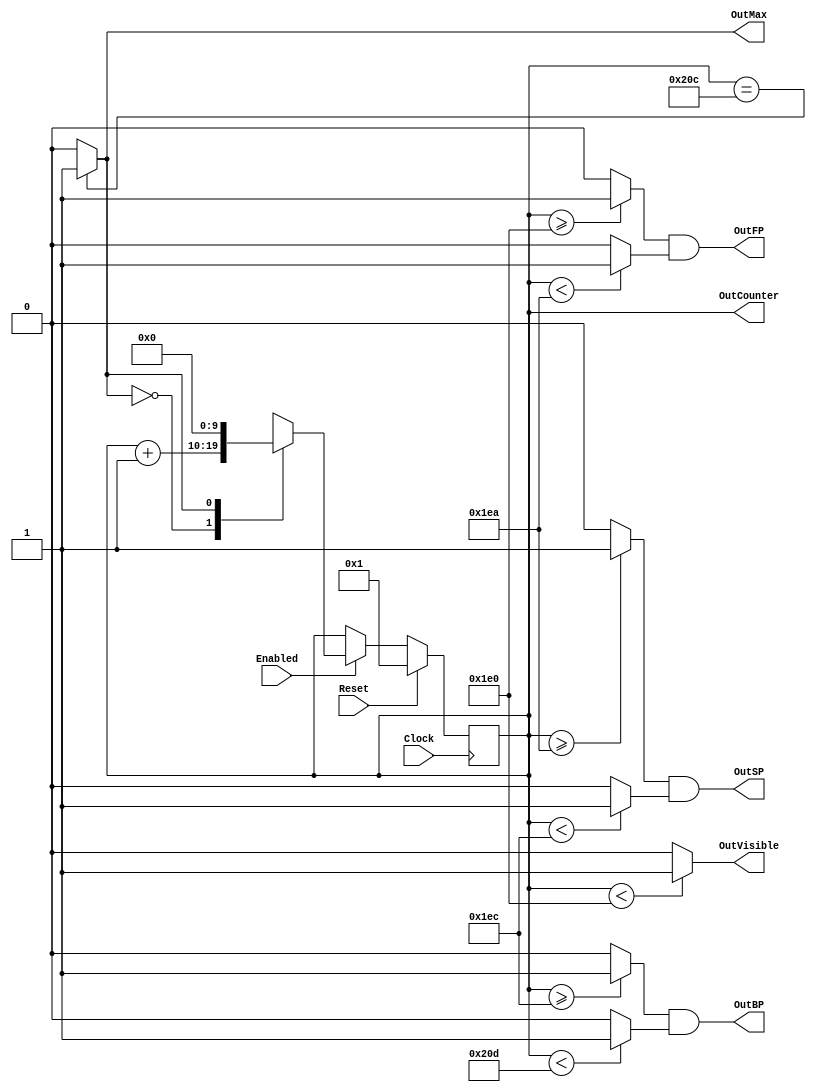
`timescale 1ns/1ps
`default_nettype none
// PLEASE READ THIS, IT MAY SAVE YOU SOME TIME AND MONEY, THANK YOU!
// * This file was generated by Quokka FPGA Toolkit.
// * Generated code is your property, do whatever you want with it
// * Place custom code between [BEGIN USER ***] and [END USER ***].
// * CAUTION: All code outside of [USER] scope is subject to regeneration.
// * Bad things happen sometimes in developer's life,
//   it is recommended to use source control management software (e.g. git, bzr etc) to keep your custom code safe'n'sound.
// * Internal structure of code is subject to change.
//   You can use some of signals in custom code, but most likely they will not exist in future (e.g. will get shorter or gone completely)
// * Please send your feedback, comments, improvement ideas etc. to evmuryshkin@gmail.com
// * Visit https://github.com/EvgenyMuryshkin/QuokkaEvaluation to access latest version of playground
// 
// DISCLAIMER:
//   Code comes AS-IS, it is your responsibility to make sure it is working as expected
//   no responsibility will be taken for any loss or damage caused by use of Quokka toolkit.
// 
// System configuration name is VGASyncModule_TopLevel, clock frequency is 1Hz, Top-level
// FSM summary
// -- Packages
module VGASyncModule_TopLevel (
// [BEGIN USER PORTS]
// [END USER PORTS]

	input wire  Clock,
	input wire  Reset,
	input wire  Enabled,
	output wire OutVisible,
	output wire OutFP,
	output wire OutSP,
	output wire OutBP,
	output wire OutMax,
	output wire [9: 0] OutCounter
    );

// [BEGIN USER SIGNALS]
// [END USER SIGNALS]
localparam HiSignal = 1'b1;
localparam LoSignal = 1'b0;
wire  Zero = 1'b0;
wire  One = 1'b1;
wire  true = 1'b1;
wire  false = 1'b0;
wire  [8:0] visible = 9'b111100000;
wire  [8:0] fp = 9'b111101010;
wire  [8:0] sp = 9'b111101100;
wire  [9:0] bp = 10'b1000001101;
wire  [9:0] max = 10'b1000001100;
wire  [3:0] capacity = 4'b1010;
wire  VGASyncModule_L55F92T93_Expr = 1'b0;
wire  VGASyncModule_L55F113T114_Expr = 1'b1;
wire  Inputs_Enabled;
reg  [9:0] NextState_counter;
wire  internalIsMax;
wire  [9:0] internalNextCounter;
wire  [9:0] VGASyncModule_L55F44T115_Source;
wire  VGASyncModule_L55F76T94_Source;
wire  [9:0] VGASyncModule_L55F44T133_Resize;
wire  [9:0] VGASyncModule_L55F44T144_SignChange;
reg  [9:0] State_counter = 10'b0000000000;
wire  [9:0] State_counterDefault = 10'b0000000001;
wire  VGASyncModule_L58F30T76_Expr;
wire  VGASyncModule_L58F30T76_Expr_1;
wire  VGASyncModule_L58F30T76_Expr_2;
wire  VGASyncModule_L59F30T71_Expr;
wire  VGASyncModule_L59F30T71_Expr_1;
wire  VGASyncModule_L59F30T71_Expr_2;
wire  VGASyncModule_L60F30T71_Expr;
wire  VGASyncModule_L60F30T71_Expr_1;
wire  VGASyncModule_L60F30T71_Expr_2;
wire  [11:0] VGASyncModule_L55F97T114_Expr;
wire signed  [11:0] VGASyncModule_L55F97T114_Expr_1;
wire signed  [11:0] VGASyncModule_L55F97T114_Expr_2;
wire  VGASyncModule_L54F31T51_Expr;
wire signed  [10:0] VGASyncModule_L54F31T51_ExprLhs;
wire signed  [10:0] VGASyncModule_L54F31T51_ExprRhs;
wire  VGASyncModule_L57F35T58_Expr;
wire signed  [10:0] VGASyncModule_L57F35T58_ExprLhs;
wire signed  [10:0] VGASyncModule_L57F35T58_ExprRhs;
wire  VGASyncModule_L58F30T54_Expr;
wire signed  [10:0] VGASyncModule_L58F30T54_ExprLhs;
wire signed  [10:0] VGASyncModule_L58F30T54_ExprRhs;
wire  VGASyncModule_L58F58T76_Expr;
wire signed  [10:0] VGASyncModule_L58F58T76_ExprLhs;
wire signed  [10:0] VGASyncModule_L58F58T76_ExprRhs;
wire  VGASyncModule_L59F30T49_Expr;
wire signed  [10:0] VGASyncModule_L59F30T49_ExprLhs;
wire signed  [10:0] VGASyncModule_L59F30T49_ExprRhs;
wire  VGASyncModule_L59F53T71_Expr;
wire signed  [10:0] VGASyncModule_L59F53T71_ExprLhs;
wire signed  [10:0] VGASyncModule_L59F53T71_ExprRhs;
wire  VGASyncModule_L60F30T49_Expr;
wire signed  [10:0] VGASyncModule_L60F30T49_ExprLhs;
wire signed  [10:0] VGASyncModule_L60F30T49_ExprRhs;
wire  VGASyncModule_L60F53T71_Expr;
wire signed  [10:0] VGASyncModule_L60F53T71_ExprLhs;
wire signed  [10:0] VGASyncModule_L60F53T71_ExprRhs;
reg  [9:0] VGASyncModule_L55F60T114_Lookup;
wire  VGASyncModule_L55F60T114_LookupMultiplexerAddress;
wire  [9:0] VGASyncModule_L55F60T114_Lookup1;
wire  [9:0] VGASyncModule_L55F60T114_Lookup2;
always @(posedge Clock)
begin
if ( Reset == 1 ) begin
State_counter <= State_counterDefault;
end
else begin
State_counter <= NextState_counter;
end
end
assign VGASyncModule_L54F31T51_Expr = VGASyncModule_L54F31T51_ExprLhs == VGASyncModule_L54F31T51_ExprRhs ? 1'b1 : 1'b0;
assign VGASyncModule_L57F35T58_Expr = VGASyncModule_L57F35T58_ExprLhs < VGASyncModule_L57F35T58_ExprRhs ? 1'b1 : 1'b0;
assign VGASyncModule_L58F30T54_Expr = VGASyncModule_L58F30T54_ExprLhs >= VGASyncModule_L58F30T54_ExprRhs ? 1'b1 : 1'b0;
assign VGASyncModule_L58F58T76_Expr = VGASyncModule_L58F58T76_ExprLhs < VGASyncModule_L58F58T76_ExprRhs ? 1'b1 : 1'b0;
assign VGASyncModule_L59F30T49_Expr = VGASyncModule_L59F30T49_ExprLhs >= VGASyncModule_L59F30T49_ExprRhs ? 1'b1 : 1'b0;
assign VGASyncModule_L59F53T71_Expr = VGASyncModule_L59F53T71_ExprLhs < VGASyncModule_L59F53T71_ExprRhs ? 1'b1 : 1'b0;
assign VGASyncModule_L60F30T49_Expr = VGASyncModule_L60F30T49_ExprLhs >= VGASyncModule_L60F30T49_ExprRhs ? 1'b1 : 1'b0;
assign VGASyncModule_L60F53T71_Expr = VGASyncModule_L60F53T71_ExprLhs < VGASyncModule_L60F53T71_ExprRhs ? 1'b1 : 1'b0;
assign VGASyncModule_L58F30T76_Expr = VGASyncModule_L58F30T76_Expr_1 & VGASyncModule_L58F30T76_Expr_2;
assign VGASyncModule_L59F30T71_Expr = VGASyncModule_L59F30T71_Expr_1 & VGASyncModule_L59F30T71_Expr_2;
assign VGASyncModule_L60F30T71_Expr = VGASyncModule_L60F30T71_Expr_1 & VGASyncModule_L60F30T71_Expr_2;
assign VGASyncModule_L55F97T114_Expr = VGASyncModule_L55F97T114_Expr_1 + VGASyncModule_L55F97T114_Expr_2;
always @*
begin
case (VGASyncModule_L55F60T114_LookupMultiplexerAddress)
    'b0:
VGASyncModule_L55F60T114_Lookup = VGASyncModule_L55F60T114_Lookup1;
    'b1:
VGASyncModule_L55F60T114_Lookup = VGASyncModule_L55F60T114_Lookup2;
  default:
VGASyncModule_L55F60T114_Lookup = 'b0000000000;
endcase

end
always @*
begin
NextState_counter = State_counter;
if ( Inputs_Enabled == 1 ) begin
NextState_counter = internalNextCounter;
end

end
assign VGASyncModule_L54F31T51_ExprLhs = { {1{1'b0}}, State_counter }/*expand*/;
assign VGASyncModule_L54F31T51_ExprRhs = { {1{1'b0}}, max }/*expand*/;
assign VGASyncModule_L57F35T58_ExprLhs = { {1{1'b0}}, State_counter }/*expand*/;
assign VGASyncModule_L57F35T58_ExprRhs = { {2{1'b0}}, visible }/*expand*/;
assign VGASyncModule_L58F30T54_ExprLhs = { {1{1'b0}}, State_counter }/*expand*/;
assign VGASyncModule_L58F30T54_ExprRhs = { {2{1'b0}}, visible }/*expand*/;
assign VGASyncModule_L58F58T76_ExprLhs = { {1{1'b0}}, State_counter }/*expand*/;
assign VGASyncModule_L58F58T76_ExprRhs = { {2{1'b0}}, fp }/*expand*/;
assign VGASyncModule_L59F30T49_ExprLhs = { {1{1'b0}}, State_counter }/*expand*/;
assign VGASyncModule_L59F30T49_ExprRhs = { {2{1'b0}}, fp }/*expand*/;
assign VGASyncModule_L59F53T71_ExprLhs = { {1{1'b0}}, State_counter }/*expand*/;
assign VGASyncModule_L59F53T71_ExprRhs = { {2{1'b0}}, sp }/*expand*/;
assign VGASyncModule_L60F30T49_ExprLhs = { {1{1'b0}}, State_counter }/*expand*/;
assign VGASyncModule_L60F30T49_ExprRhs = { {2{1'b0}}, sp }/*expand*/;
assign VGASyncModule_L60F53T71_ExprLhs = { {1{1'b0}}, State_counter }/*expand*/;
assign VGASyncModule_L60F53T71_ExprRhs = { {1{1'b0}}, bp }/*expand*/;
assign VGASyncModule_L58F30T76_Expr_1 = VGASyncModule_L58F30T54_Expr;
assign VGASyncModule_L58F30T76_Expr_2 = VGASyncModule_L58F58T76_Expr;
assign VGASyncModule_L59F30T71_Expr_1 = VGASyncModule_L59F30T49_Expr;
assign VGASyncModule_L59F30T71_Expr_2 = VGASyncModule_L59F53T71_Expr;
assign VGASyncModule_L60F30T71_Expr_1 = VGASyncModule_L60F30T49_Expr;
assign VGASyncModule_L60F30T71_Expr_2 = VGASyncModule_L60F53T71_Expr;
assign VGASyncModule_L55F97T114_Expr_1 = { {2{1'b0}}, State_counter }/*expand*/;
assign VGASyncModule_L55F97T114_Expr_2 = { {11{1'b0}}, VGASyncModule_L55F113T114_Expr }/*expand*/;
assign Inputs_Enabled = Enabled;
assign internalIsMax = VGASyncModule_L54F31T51_Expr;
assign VGASyncModule_L55F76T94_Source = VGASyncModule_L55F92T93_Expr;
assign VGASyncModule_L55F44T115_Source = VGASyncModule_L55F60T114_Lookup;
assign VGASyncModule_L55F44T133_Resize = VGASyncModule_L55F44T115_Source;
assign VGASyncModule_L55F44T144_SignChange = VGASyncModule_L55F44T133_Resize;
assign internalNextCounter = VGASyncModule_L55F44T144_SignChange;
assign OutVisible = VGASyncModule_L57F35T58_Expr;
assign OutFP = VGASyncModule_L58F30T76_Expr;
assign OutSP = VGASyncModule_L59F30T71_Expr;
assign OutBP = VGASyncModule_L60F30T71_Expr;
assign OutMax = internalIsMax;
assign OutCounter = State_counter;
assign VGASyncModule_L55F60T114_Lookup1 = VGASyncModule_L55F97T114_Expr[9:0]/*truncate*/;
assign VGASyncModule_L55F60T114_Lookup2 = { {9{1'b0}}, VGASyncModule_L55F76T94_Source }/*expand*/;
assign VGASyncModule_L55F60T114_LookupMultiplexerAddress = internalIsMax;
// [BEGIN USER ARCHITECTURE]
// [END USER ARCHITECTURE]
endmodule